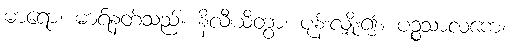
မာရော၊ မာရ်နတ်သည်။ နိလီယိတွာ၊ ပုန်းလျှိုး၍။ ပဉ္စသာလကေ၊